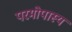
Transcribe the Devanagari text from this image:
परमोपास्य